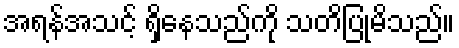
အရန်အသင့် ရှိနေသည်ကို သတိပြုမိသည်။